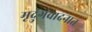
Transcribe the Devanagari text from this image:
मृदुंगवादनात